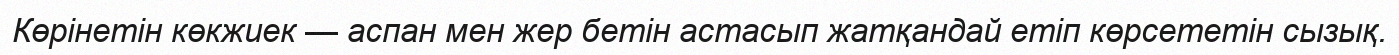
Көрінетін көкжиек — аспан мен жер бетін астасып жатқандай етіп көрсететін сызық.